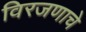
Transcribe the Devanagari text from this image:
विरजणाचे